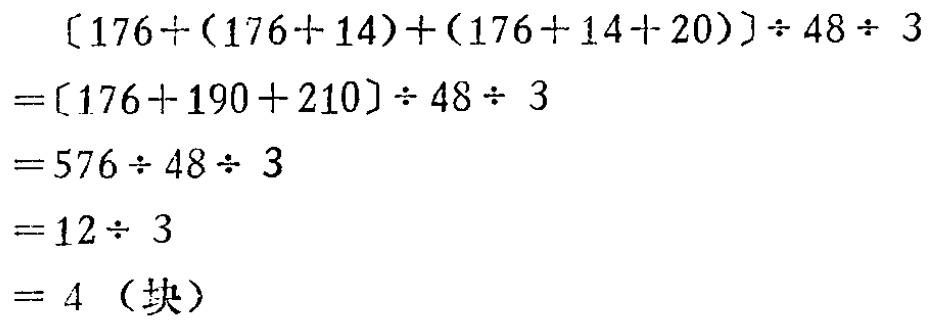
\[
\begin{align*}
&[176+(176 + 14)+(176+14 + 20)]\div48\div3\\
=&[176 + 190+210]\div48\div3\\
=&576\div48\div3\\
=&12\div3\\
=&4\ (\text{块})
\end{align*}
\]